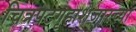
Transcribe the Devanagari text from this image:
चित्रपटगृहाशेजारच्या